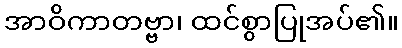
အာဝိကာတဗ္ဗာ၊ ထင်စွာပြုအပ်၏။